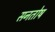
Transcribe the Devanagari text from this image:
सनतोष